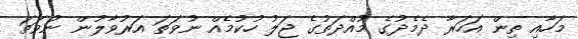
މަހާއި ތިން އަހަރާ ދެމެދުގެ މުއްދަތުގެ ޖަލު ހުކުމެއް ނުވަތަ އަރުވާލުން ނުވަތަ